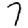
Digit: 7